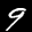
Label: 9